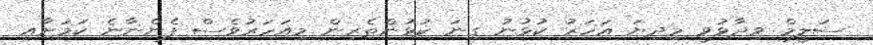
ސަލީމް ވިދާޅުވީ މިދިޔަ އަހަރު ކުޅުނު ގިނަ ކުޅުންތެރިން މިއަހަރުވެސް ފެންނާނެ ކަމަށާއި